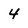
Character: 4